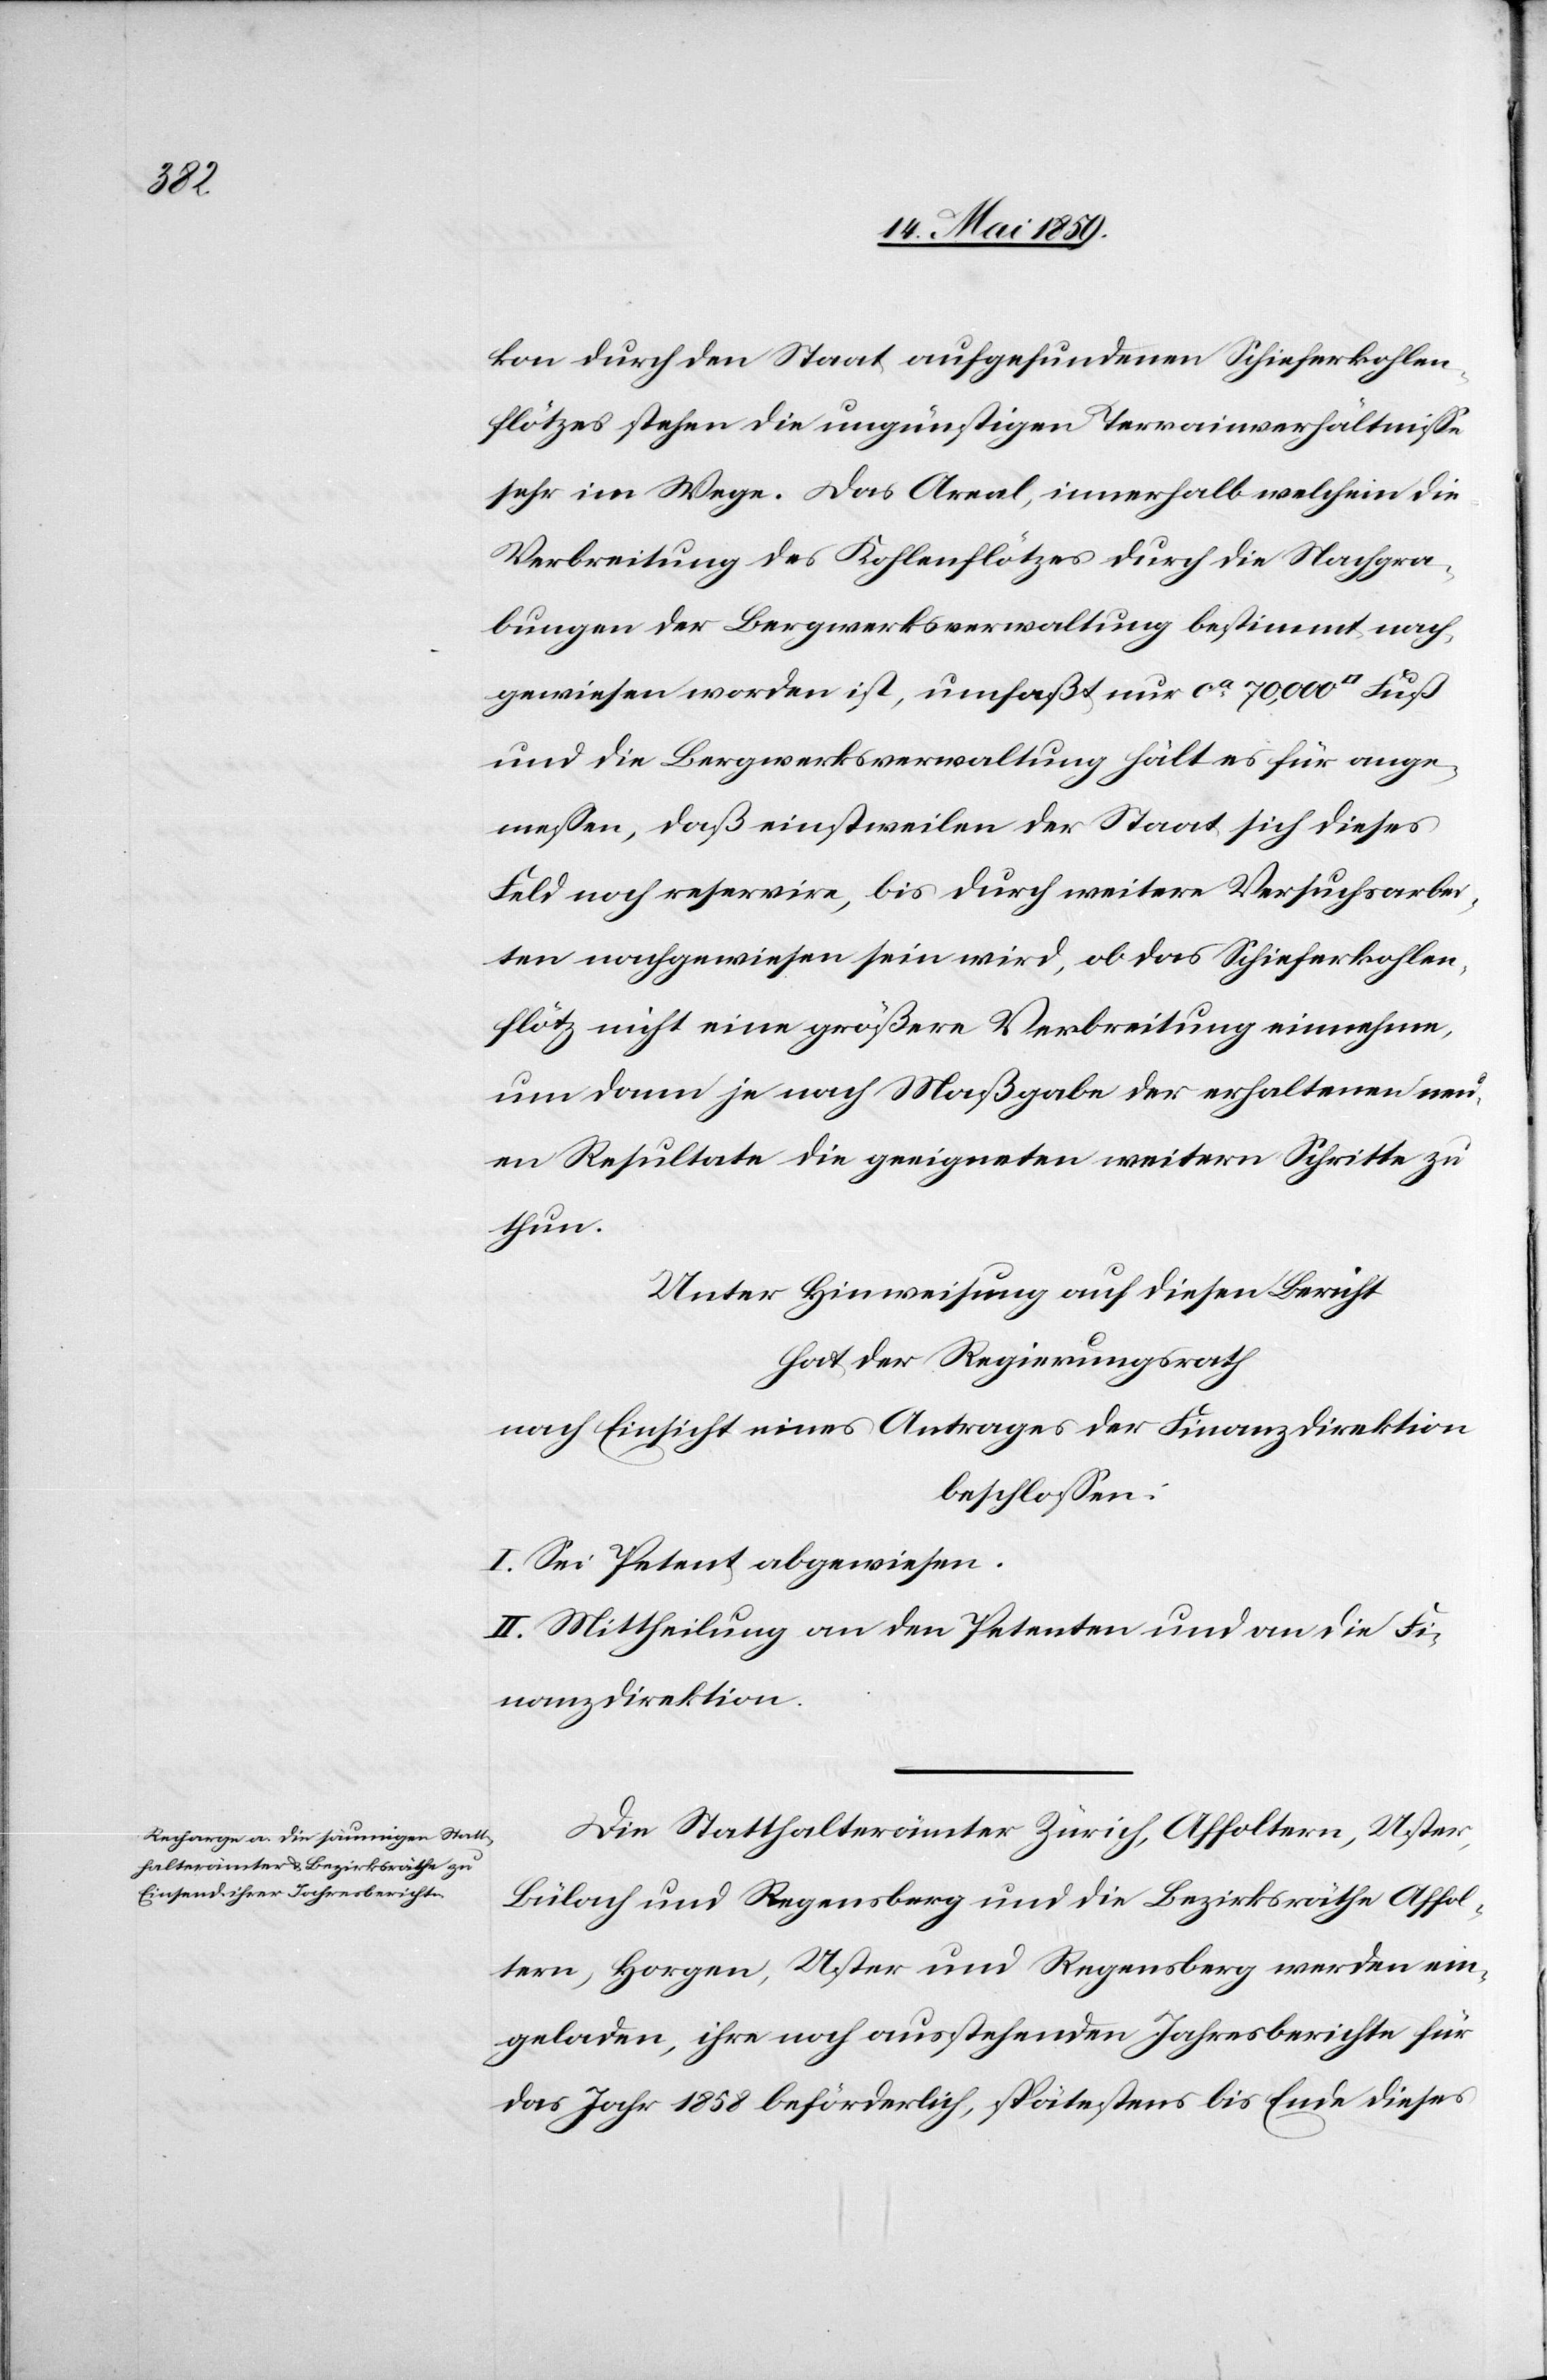
kon durch den Staat aufgefundenen Schieferkohlen¬
flötzes stehen die ungünstigen Terrainverhältniße
sehr im Wege. Das Areal, innerhalb welchem die
Verbreitung des Kohlenflötzes durch die Nachgra¬
bungen der Bergwerksverwaltung bestimmt nach¬
gewiesen worden ist, umfaßt nur ca 70,000 [Quadrat]Fuß
und die Bergwerksverwaltung hält es für ange¬
meßen, daß einstweilen der Staat sich dieses
Feld noch reservire, bis durch weitere Versuchsarbei¬
ten nachgewiesen sein wird, ob das Schieferkohlen¬
flötz nicht eine größere Verbreitung einnehme,
um dann je nach Maßgabe der erhaltenen neu¬
en Resultate die geeigneten weitern Schritte zu
thun.
Unter Hinweisung auf diesen Bericht
har der Regierungsrath
nach Einsicht eines Antrages der Finanzdirektion
beschloßen:
I. Sei Petent abgewiesen.
II. Mittheilung an den Petenten und an die Fi¬
nanzdirektion.
Die Statthalterämter Zürich, Affoltern, Uster,
Bülach und Regensberg und die Bezirksräthe Affol¬
tern, Horgen, Uster und Regensberg werden ein¬
geladen, ihre noch ausstehenden Jahresberichte für
das Jahr beförderlich, spätestens bis Ende dieses